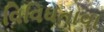
વિવિધતાવા